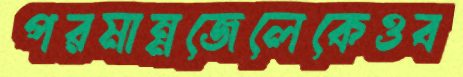
পরমান্নজেলেকেওব